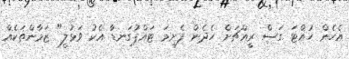
އެހެން ހުއްޓަ ގަސް ރީއްޗަށް ހެދެން ފެށީމަ ޓައްޕުގަނޑާ އެކު ވަޅުލީ" ޒަމާންތަކެއް